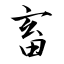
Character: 畜